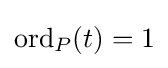
\operatorname {ord} _{P}(t)=1